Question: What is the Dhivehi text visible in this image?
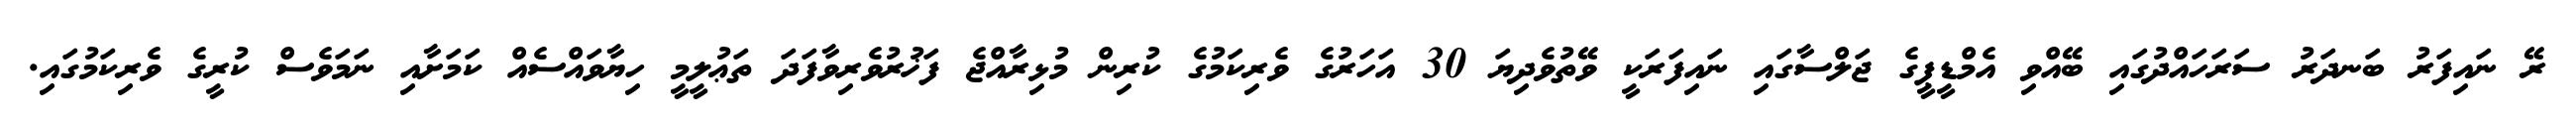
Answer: ރޭ ނައިފަރު ބަނދަރު ސަރަހައްދުގައި ބޭއްވި އެމްޑީޕީގެ ޖަލްސާގައި ނައިފަރަކީ ވޭތުވެދިޔަ 30 އަހަރުގެ ވެރިކަމުގެ ކުރިން މުޅިރާއްޖެ ފަޚުރުވެރިވާފަދަ ތަޢުލީމީ ހިޔާވައްސެއް ކަމަށާއި ނަމަވެސް ކުރީގެ ވެރިކަމުގައި.